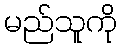
မည်သူကို